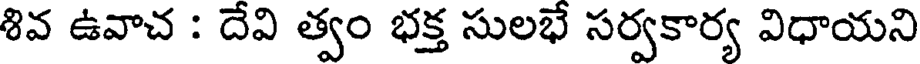
శివ ఉవాచ : దేవి త్వం భక్త సులభే సర్వకార్య విధాయని